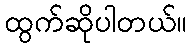
ထွက်ဆိုပါတယ်။